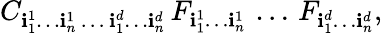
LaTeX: C_{\mathbf{i}_{1}^{1}\ldots\mathbf{i}_{n}^{1}\, \ldots\, \mathbf{i}_{1}^{d}\ldots\mathbf{i}_{n}^{d}}\, F_{\mathbf{i}_{1}^{1}\ldots\mathbf{i}_{n}^{1}}\, \ldots\, F_{\mathbf{i}_{1}^{d}\ldots\mathbf{i}_{n}^{d}},